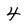
Character: 4